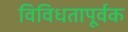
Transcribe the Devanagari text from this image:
विविधतापूर्वक